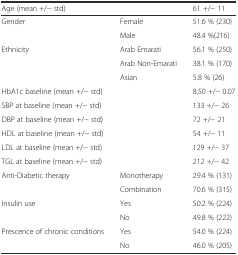
<table><thead><tr><td colspan="2"><b>Age (mean +/− std)</b></td><td><b>61 +/− 11</b></td></tr></thead><tbody><tr><td rowspan="2">Gender</td><td>Female</td><td>51.6 % (230)</td></tr><tr><td>Male</td><td>48.4 %(216)</td></tr><tr><td rowspan="3">Ethnicity</td><td>Arab Emarati</td><td>56.1 % (250)</td></tr><tr><td>Arab Non-Emarati</td><td>38.1 % (170)</td></tr><tr><td>Asian</td><td>5.8 % (26)</td></tr><tr><td colspan="2">HbA1c baseline (mean +/− std)</td><td>8.50 +/− 0.07</td></tr><tr><td colspan="2">SBP at baseline (mean +/− std)</td><td>133 +/− 26</td></tr><tr><td colspan="2">DBP at baseline (mean +/− std)</td><td>72 +/− 21</td></tr><tr><td colspan="2">HDL at baseline (mean +/− std)</td><td>54 +/− 11</td></tr><tr><td colspan="2">LDL at baseline (mean +/− std)</td><td>129 +/− 37</td></tr><tr><td colspan="2">TGL at baseline (mean +/− std)</td><td>212 +/− 42</td></tr><tr><td rowspan="2">Anti-Diabetic therapy</td><td>Monotherapy</td><td>29.4 % (131)</td></tr><tr><td>Combination</td><td>70.6 % (315)</td></tr><tr><td rowspan="2">Insulin use</td><td>Yes</td><td>50.2 % (224)</td></tr><tr><td>No</td><td>49.8 % (222)</td></tr><tr><td rowspan="2">Prescence of chronic conditions</td><td>Yes</td><td>54.0 % (224)</td></tr><tr><td>No</td><td>46.0 % (205)</td></tr></tbody></table>